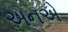
અનએ